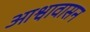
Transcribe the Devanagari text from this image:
आश्वावासन